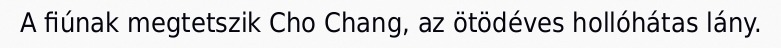
A fiúnak megtetszik Cho Chang, az ötödéves hollóhátas lány.